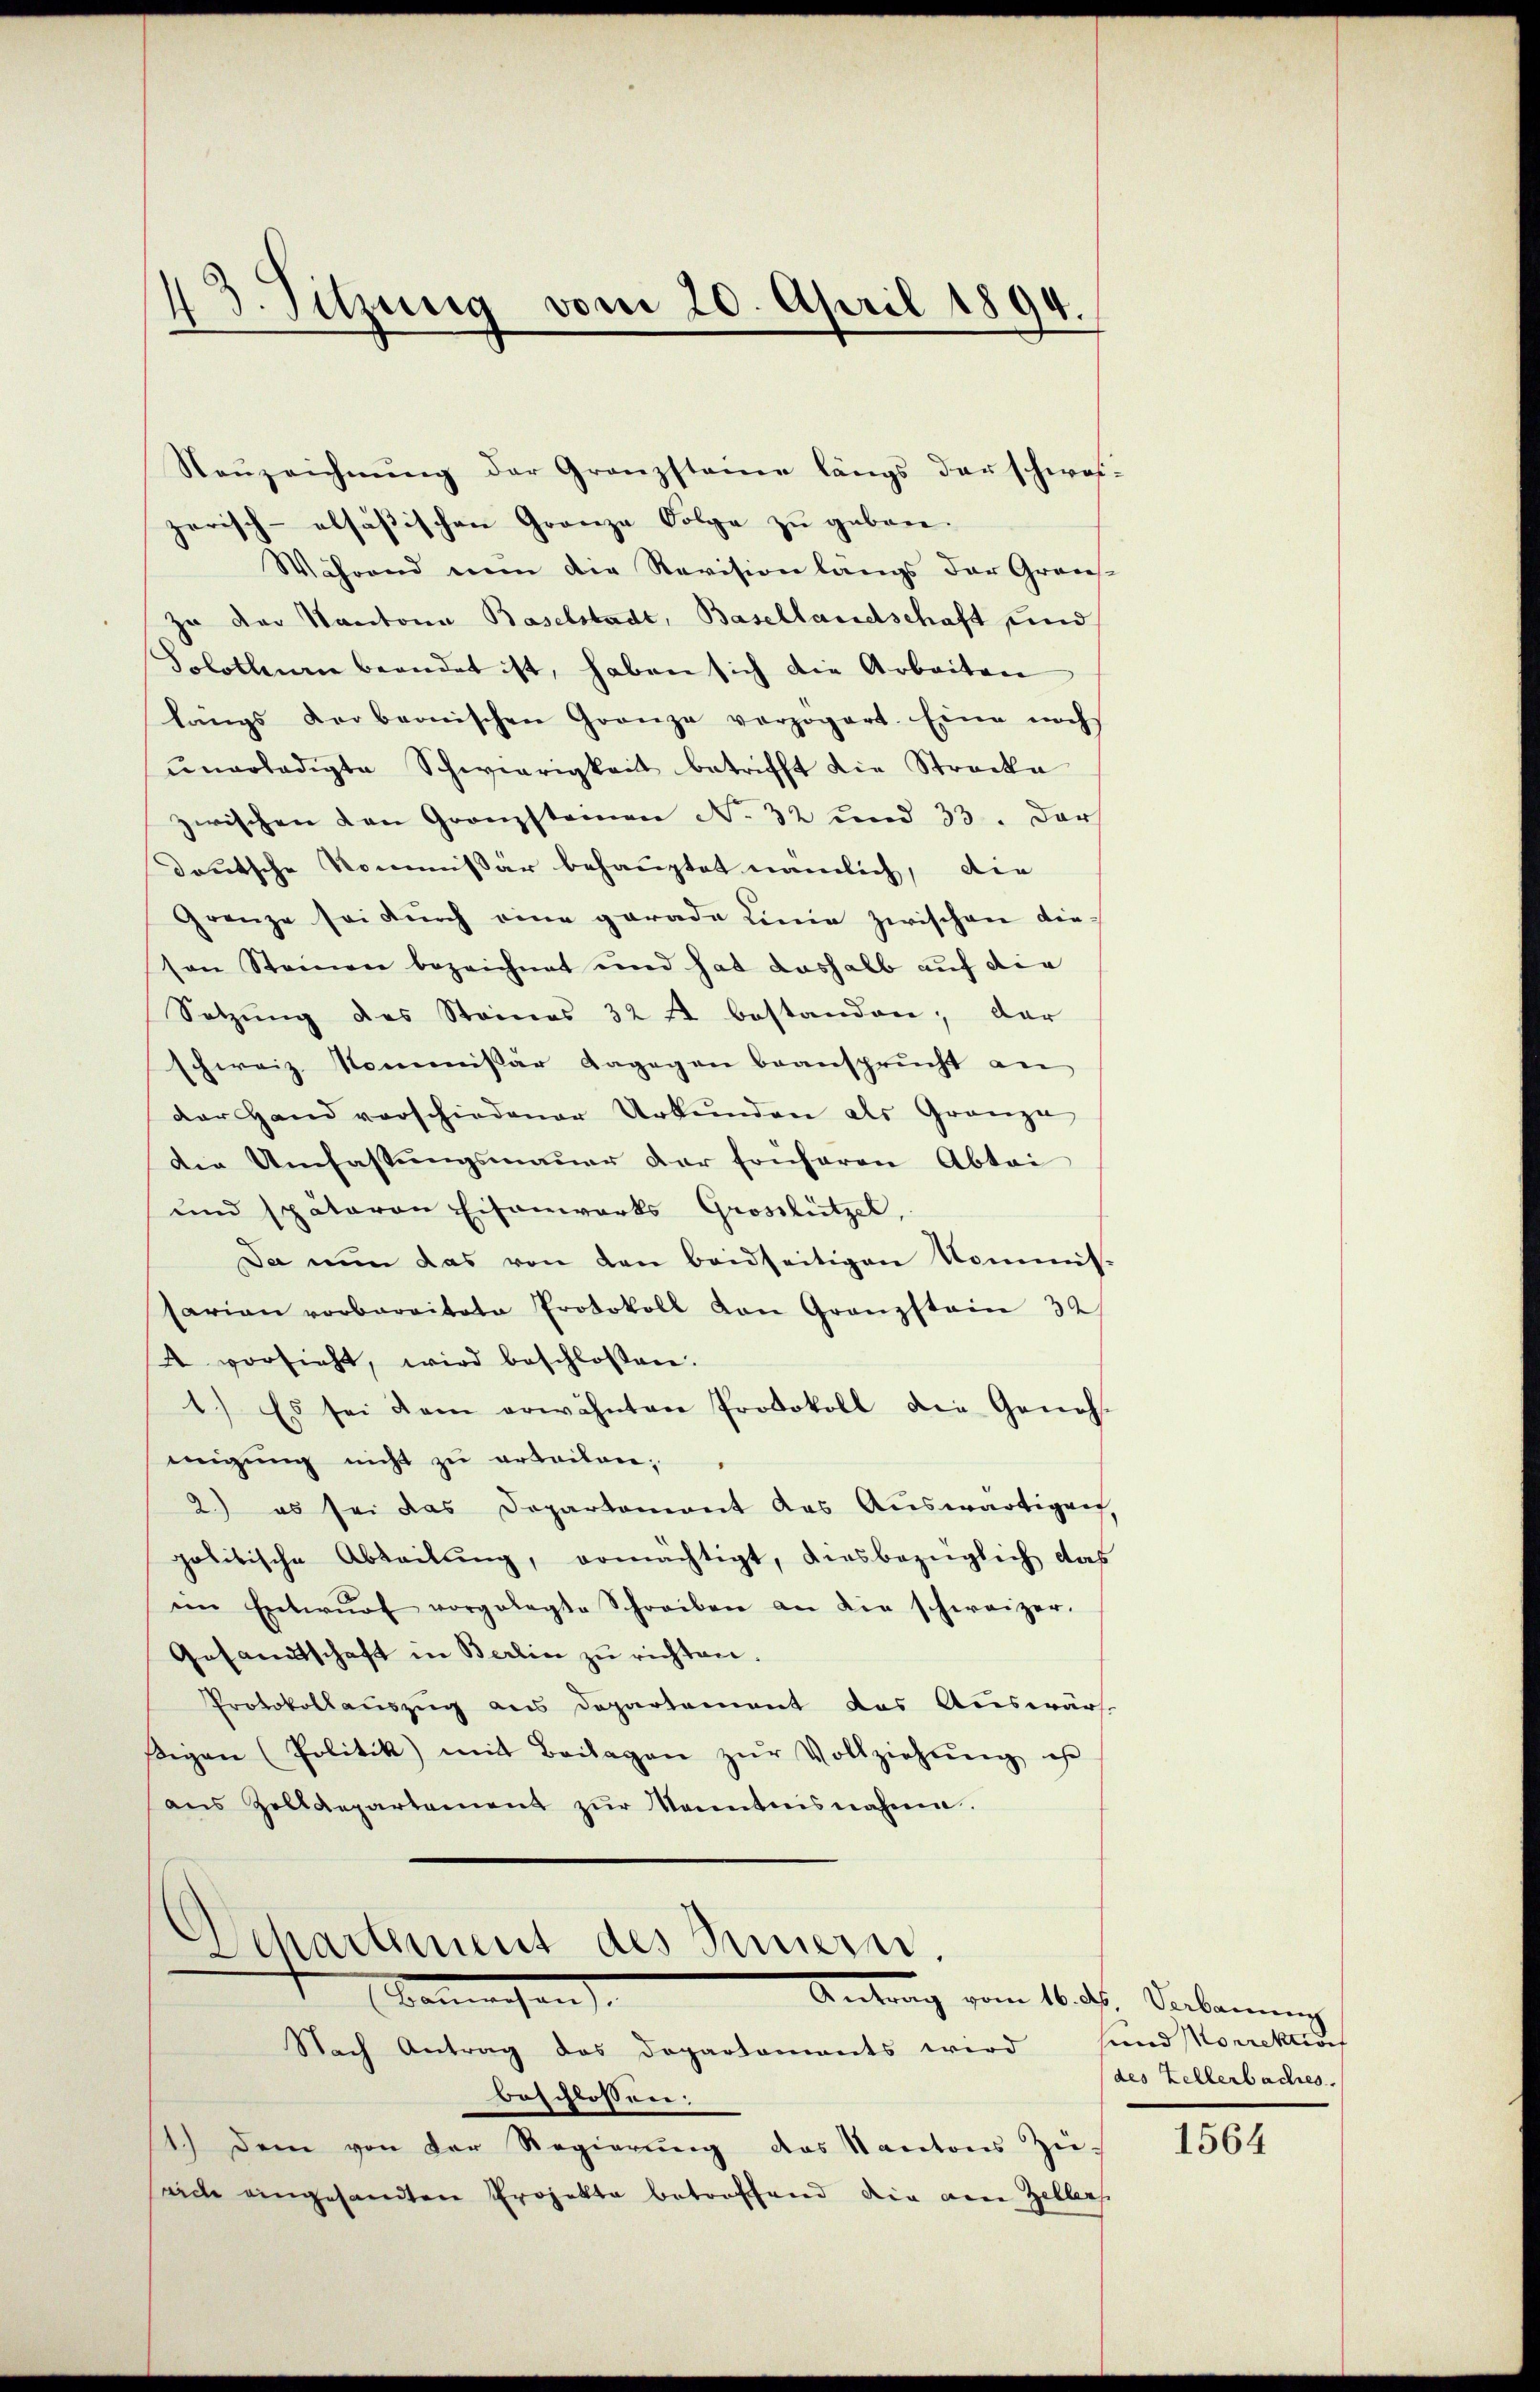
3. Sitzung vom 20. April 1894.

Neŭzeichnŭng der Granzsteine längs der schwei-
zerisch-alsäßischen Granze Folge zu geben.
Während nun die Revision längs der Graus-
zu der Kantona Baselstadt, Basellandschaft und
Solothenen beendet ist, haben sich die Arbeiten
längs Korbernischen Granze vorzogert. Eine noch
unerledigte Schwierigkeit betrifft die Strecke
zwischen von Granzsteinen No 32 und 33. Darf
deutsche Kommissär behauptet nämlich, die
Grenze sei durch eine garade Linie zwischen die-
von Steinen bezeichnet und hat deshalb auf die
Setzung des Steines 32 f bestanden; der
schweiz. Kommissär dagegen beansprucht an
der Hand verschiedener Urkŭnden als Gränze
Die Umfassungsmauer der früheren Abtei
und späteren Eisenwarts Grosslützel,
Da nun das von den beidseitigen Kommis-
sarian vorbaraitate Protokoll von Granzstein 32
4 vorsieht, wird beschlossen:
1.) Es sei dem erwähnten Protokoll die Geneh-
migung nicht zu erteilen;
2.) es sei das Departement das Aŭswärtigen,
politische Abteilŭng, ermächtigt, diesbezüglich das
im Entwŭrf vorgelegte Schreiben an die schweizer.
Gesandtschaft in Berlin zu richten.
Protokollauszug aus Departement das Auswärt
igen (Politik mit Beilagen zŭr Vollziehung ist
ans Zolldepartement zŭr Kenntnisnahme.
Separtement des Innern.
Berchen
Antrag vom 16. ds. Verbauung
Nach Antrag des Departaments wird und Korrektion
beschlossen:
1.) Dem von der Regierŭng des Kantons Züseide eingesandten Projekte betroffend die eine Zellers

des Zellerbaches.

1564